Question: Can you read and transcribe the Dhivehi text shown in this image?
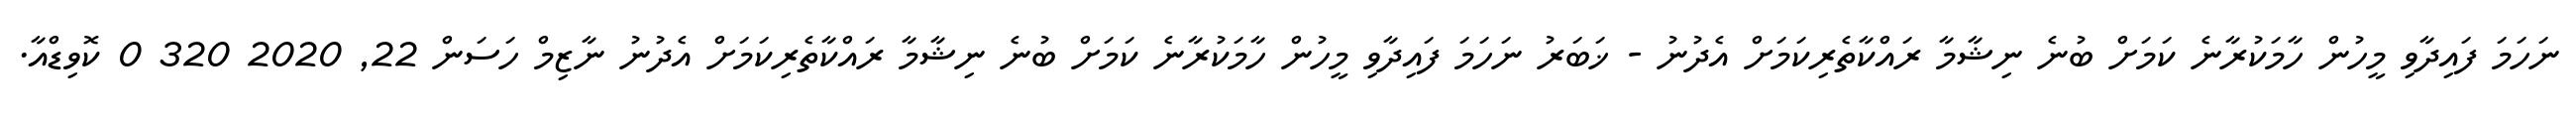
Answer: ނަހަމަ ފައިދާވި މީހުން ހާމަކުރާނެ ކަމަށް ބުނެ ނިޝާމާ ރައްކާތެރިކަމަށް އެދުނު - ޚަބަރު ނަހަމަ ފައިދާވި މީހުން ހާމަކުރާނެ ކަމަށް ބުނެ ނިޝާމާ ރައްކާތެރިކަމަށް އެދުނު ނާޒިމް ހަސަން 22, 2020 320 0 ކޮވިޑްއާ.